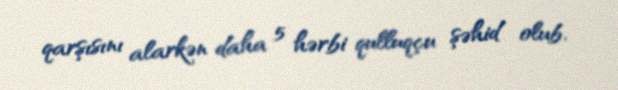
qarşısını alarkən daha 5 hərbi qulluqçu şəhid olub.